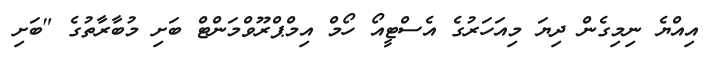
އިއްޔެ ނިމިގެން ދިޔަ މިއަހަރުގެ އެސްޓީއޯ ހޯމް އިމްޕްރޫވްމަންޓް ބަށި މުބާރާތުގެ "ބަށި